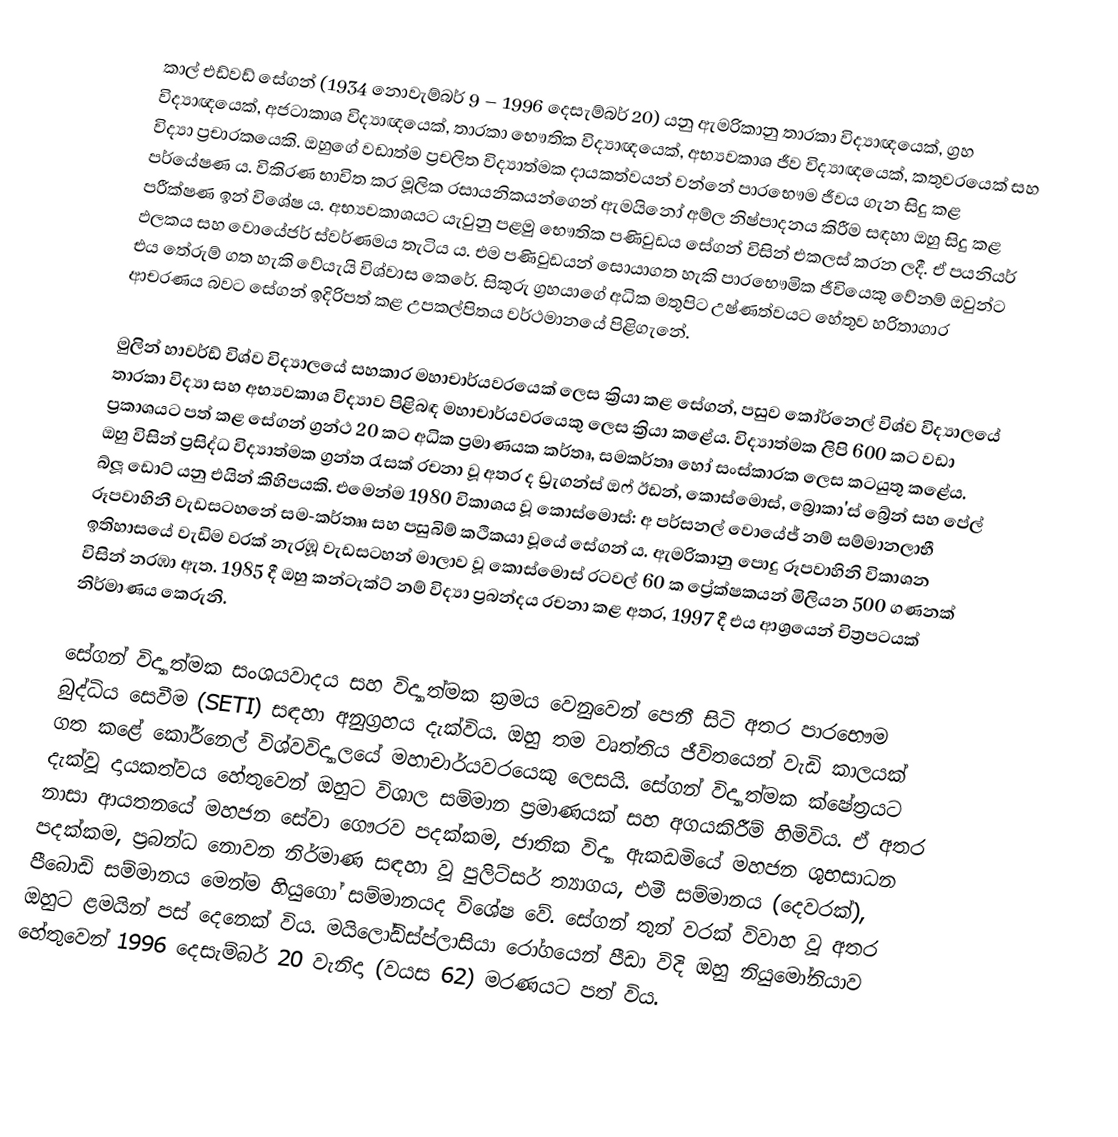
කාල් එඩ්වඩ් සේගන් (1934 නොවැම්බර් 9 – 1996 දෙසැම්බර් 20) යනු ඇමරිකානු තාරකා විද්‍යාඥයෙක්, ග්‍රහ විද්‍යාඥයෙක්, අජටාකාශ විද්‍යාඥයෙක්, තාරකා භෞතික විද්‍යාඥයෙක්, අභ්‍යවකාශ ජීව විද්‍යාඥයෙක්, කතුවරයෙක් සහ විද්‍යා ප්‍රචාරකයෙකි. ඔහුගේ වඩාත්ම ප්‍රචලිත විද්‍යාත්මක දායකත්වයන් වන්නේ පාරභෞම ජීවය ගැන සිදු කළ පර්යේෂණ ය. විකිරණ භාවිත කර මූලික රසායනිකයන්ගෙන් ඇමයිනෝ අම්ල නිෂ්පාදනය කිරීම සඳහා ඔහු සිදු කළ පරීක්ෂණ ඉන් විශේෂ ය. අභ්‍යවකාශයට යැවුනු පළමු භෞතික පණිවුඩය සේගන් විසින් එකලස් කරන ලදී. ඒ පයනියර් ඵලකය සහ වොයේජර් ස්වර්ණමය තැටිය ය. එම පණිවුඩයන් සොයාගත හැකි පාරභෞමික ජීවියෙකු වේනම් ඔවුන්ට එය තේරුම් ගත හැකි වේයැයි විශ්වාස කෙරේ. සිකුරු ග්‍රහයාගේ අධික මතුපිට උෂ්ණත්වයට හේතුව හරිතාගාර ආචරණය බවට සේගන් ඉදිරිපත් කළ උපකල්පිතය වර්ථමානයේ පිළිගැනේ.

මුලින් හාවර්ඩ් විශ්ව විද්‍යාලයේ සහකාර මහාචාර්යවරයෙක් ලෙස ක්‍රියා කළ සේගන්, පසුව කෝර්නෙල් විශ්ව විද්‍යාලයේ තාරකා විද්‍යා සහ අභ්‍යවකාශ විද්‍යාව පිළිබඳ මහාචාර්යවරයෙකු ලෙස ක්‍රියා කළේය. විද්‍යාත්මක ලිපි 600 කට වඩා ප්‍රකාශයට පත් කළ සේගන් ග්‍රන්ථ 20 කට අධික ප්‍රමාණයක කර්තෘ, සමකර්තෘ හෝ සංස්කාරක ලෙස කටයුතු කළේය. ඔහු විසින් ප්‍රසිද්ධ විද්‍යාත්මක ග්‍රන්ත රැසක් රචනා වූ අතර ද ඩ්‍රැගන්ස් ඔෆ් ඊඩන්, කොස්මොස්, බ්‍රොකා'ස් බ්‍රේන් සහ පේල් බ්ලූ ඩොට් යනු එයින් කිහිපයකි. එමෙන්ම 1980 විකාශය වූ කොස්මොස්: අ පර්සනල් වොයේජ් නම් සම්මානලාභී රූපවාහිනී වැඩසටහනේ සම-කර්තෲ සහ පසුබිම් කථිකයා වූයේ සේගන් ය. ඇමරිකානු පොදු රූපවාහිනි විකාශන ඉතිහාසයේ වැඩිම වරක් නැරඹූ වැඩසටහන් මාලාව වූ කොස්මොස් රටවල් 60 ක ප්‍රේක්ෂකයන් මිලියන 500 ගණනක් විසින් නරඹා ඇත. 1985 දී ඔහු කන්ටැක්ට් නම් විද්‍යා ප්‍රබන්දය රචනා කළ අතර, 1997 දී එය ආශ්‍රයෙන් චිත්‍රපටයක් නිර්මාණය කෙරුනි.

සේගන් විද්‍යාත්මක සංශයවාදය සහ විද්‍යාත්මක ක්‍රමය වෙනුවෙන් පෙනී සිටි අතර පාරභෞම බුද්ධිය සෙවීම (SETI) සඳහා අනුග්‍රහය දැක්විය. ඔහු තම වෘත්තිය ජීවිතයෙන් වැඩි කාලයක් ගත කළේ කෝර්නෙල් විශ්වවිද්‍යාලයේ මහාචාර්යවරයෙකු ලෙසයි. සේගන් විද්‍යාත්මක ක්ෂේත්‍රයට දැක්වූ දායකත්වය හේතුවෙන් ඔහුට විශාල සම්මාන ප්‍රමාණයක් සහ අගයකිරීම් හිමිවිය. ඒ අතර නාසා ආයතනයේ මහජන සේවා ගෞරව පදක්කම, ජාතික විද්‍යා ඇකඩමියේ මහජන ශුභසාධන පදක්කම, ප්‍රබන්ධ නොවන නිර්මාණ සඳහා වූ පුලිට්සර් ත්‍යාගය, එමී සම්මානය (දෙවරක්), පීබොඩි සම්මානය මෙන්ම හියුගෝ සම්මානයද විශේෂ වේ. සේගන් තුන් වරක් විවාහ වූ අතර ඔහුට ළමයින් පස් දෙනෙක් විය. මයිලෝඩිස්ප්ලාසියා රෝගයෙන් පීඩා විදි ඔහු නියුමෝනියාව හේතුවෙන් 1996 දෙසැම්බර් 20 වැනිදා (වයස 62) මරණයට පත් විය.